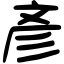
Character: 彥